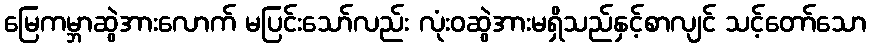
မြေကမ္ဘာဆွဲအားလောက် မပြင်းသော်လည်း လုံးဝဆွဲအားမရှိသည်နှင့်စာလျင် သင့်တော်သော